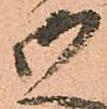
御